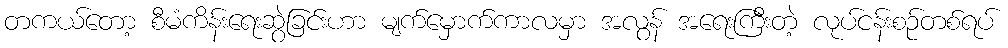
တကယ်တော့ စီမံကိန်းရေးဆွဲခြင်းဟာ မျက်မှောက်ကာလမှာ အလွန် အရေးကြီးတဲ့ လုပ်ငန်းစဉ်တစ်ရပ်